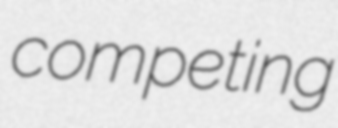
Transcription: competing